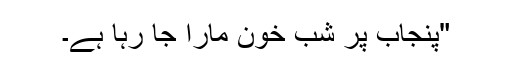
"پنجاب پر شب خون مارا جا رہا ہے۔